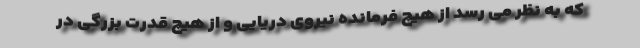
که به نظر می رسد از هیچ فرمانده نیروی دریایی و از هیچ قدرت بزرگی در